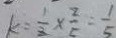
k = \frac { 1 } { 2 } \times \frac { 2 } { 5 } = \frac { 1 } { 5 }